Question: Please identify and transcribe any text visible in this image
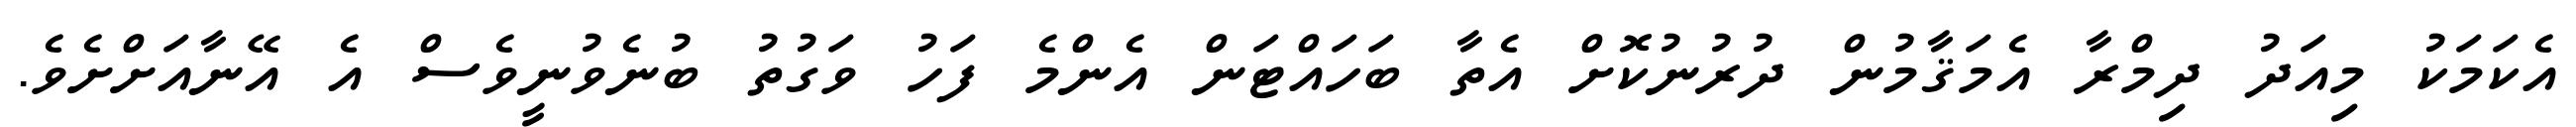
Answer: އެކަމަކު މިއަދު ދިމްރާ އެމަޤާމުން ދުރުނުކޮށް އެތާ ބަހައްޓަން އެންމެ ފަހު ވަގުތު ބުނެވުނީވެސް އެ އޭނާއަށްށެވެ.